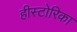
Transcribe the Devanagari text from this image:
हीस्टोरिका